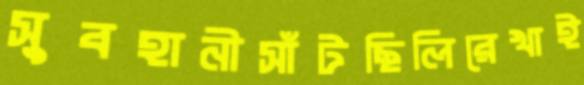
সুবহানীসাঁটছিলিরেখাই